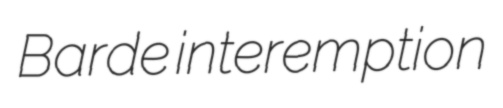
Barde interemption